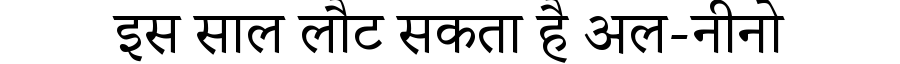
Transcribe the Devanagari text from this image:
इस साल लौट सकता है अल-नीनो